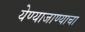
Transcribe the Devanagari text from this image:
येण्याजाण्याचा